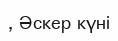
, Әскер күні